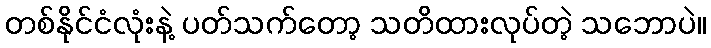
တစ်နိုင်ငံလုံးနဲ့ ပတ်သက်တော့ သတိထားလုပ်တဲ့ သဘောပဲ။